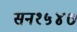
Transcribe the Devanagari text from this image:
सन१५४७